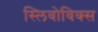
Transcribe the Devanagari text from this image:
स्लिवोविक्स